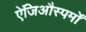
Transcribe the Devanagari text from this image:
ऐंजिऔस्पर्मों